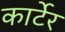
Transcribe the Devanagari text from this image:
कार्टेर